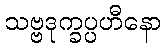
သဗ္ဗဒုက္ခပ္ပဟီနော